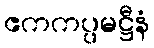
ဧကကပ္ပမဋ္ဌီနံ